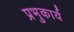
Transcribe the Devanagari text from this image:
प्रभुकार्य